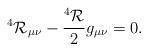
LaTeX: \begin{align*}^4{\cal R}_{\mu\nu}-\frac{^4{\cal R} }{2} g_{\mu\nu}=0.\end{align*}